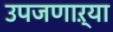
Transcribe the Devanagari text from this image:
उपजणाऱ्या